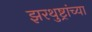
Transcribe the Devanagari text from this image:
झरथुष्ट्रांच्या